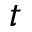
t